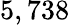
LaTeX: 5,738